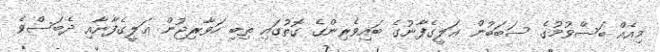
މިއެއް ބަސްވުމުގެ ސަބަބުން ޢަލީގެފާނުގެ ބައިވެރިންގެ ގޮތުގައި ތިބި ހަވާރިޖުން ޢަލީގެފާނާއި ދެބަސްވެ